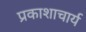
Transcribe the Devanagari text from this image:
प्रकाशाचार्य